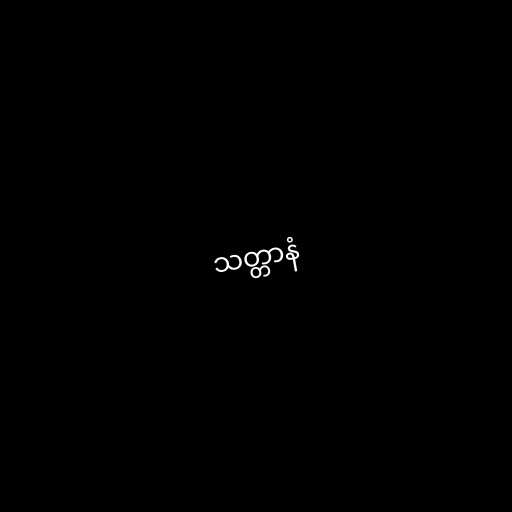
သတ္တာနံ